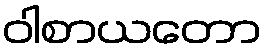
ဝါစာယတော